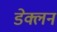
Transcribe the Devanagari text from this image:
डेक्लन